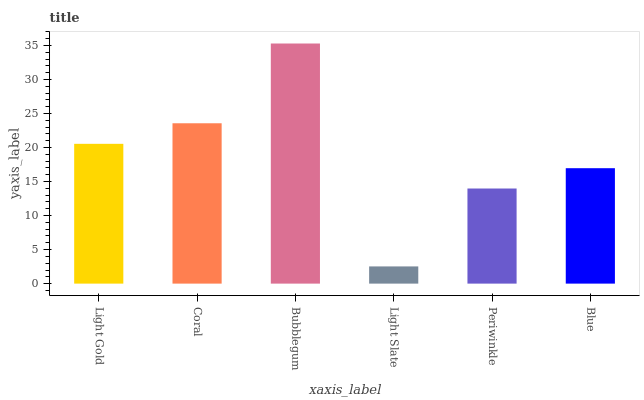
| xaxis_label | bars |
 | --- | --- |
 | Light Gold | 20.5 |
 | Coral | 23.6 |
 | Bubblegum | 35.3 |
 | Light Slate | 2.53 |
 | Periwinkle | 14 |
 | Blue | 17 |